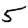
Digit: 5